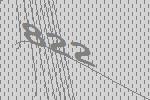
822